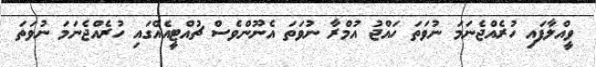
ވީއްލާފައި ހުރެއްޖެނަމަ ނުވަތަ ހައްޖު އުމްރާ ނުވަތަ އެނޫންވެސް ޗުއްޓީއެއްގައި ހުރެއްޖެނަމަ ނުވަތަ